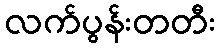
လက်ပွန်းတတီး